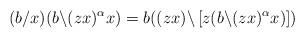
LaTeX: \begin{align*}(b/x)(b\backslash (zx)^{\alpha}x)=b((zx)\backslash \left[z(b\backslash (zx)^{\alpha}x)\right])\end{align*}